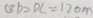
B D = D C = 1 2 0 m